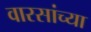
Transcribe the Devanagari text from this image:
वारसांच्या